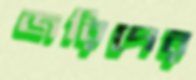
জরিপের